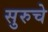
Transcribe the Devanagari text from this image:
सुरुचे